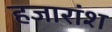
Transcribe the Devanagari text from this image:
हजारांश